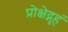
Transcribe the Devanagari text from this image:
प्रोक्षेद्गृहं